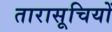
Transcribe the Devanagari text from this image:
तारासूचियों